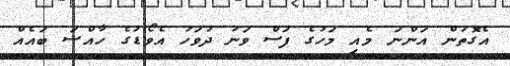
އެގޮތުން އަންނަ މެއި މަހުގެ ފަސް ވަނަ ދުވަހު އެވޯޑުގެ ހާއްސަ ބައެއް